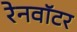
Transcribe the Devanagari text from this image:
रेनवॉटर